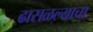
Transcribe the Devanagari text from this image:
ढासळल्याचा